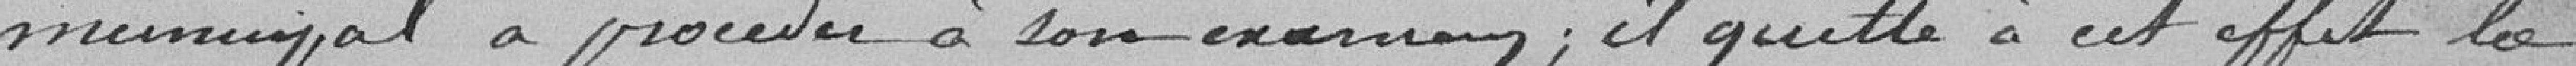
municipal à procéder à son examen ; il quitte à cet effet la